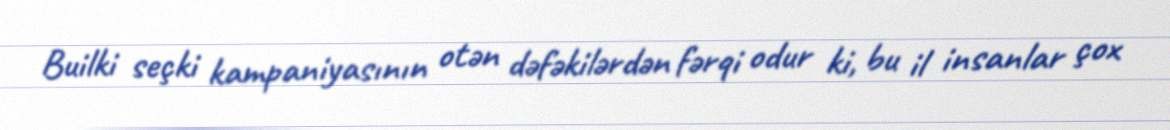
Builki seçki kampaniyasının otən dəfəkilərdən fərqi odur ki, bu il insanlar çox